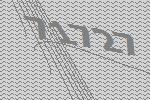
71727